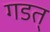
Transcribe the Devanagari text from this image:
गडत्